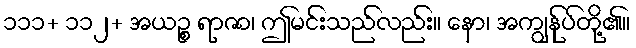
၁၁၁+ ၁၁၂+ အယဉ္စ ရာဇာ၊ ဤမင်းသည်လည်း။ နော၊ အကျွန်ုပ်တို့၏။